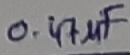
Text: 0.47µF